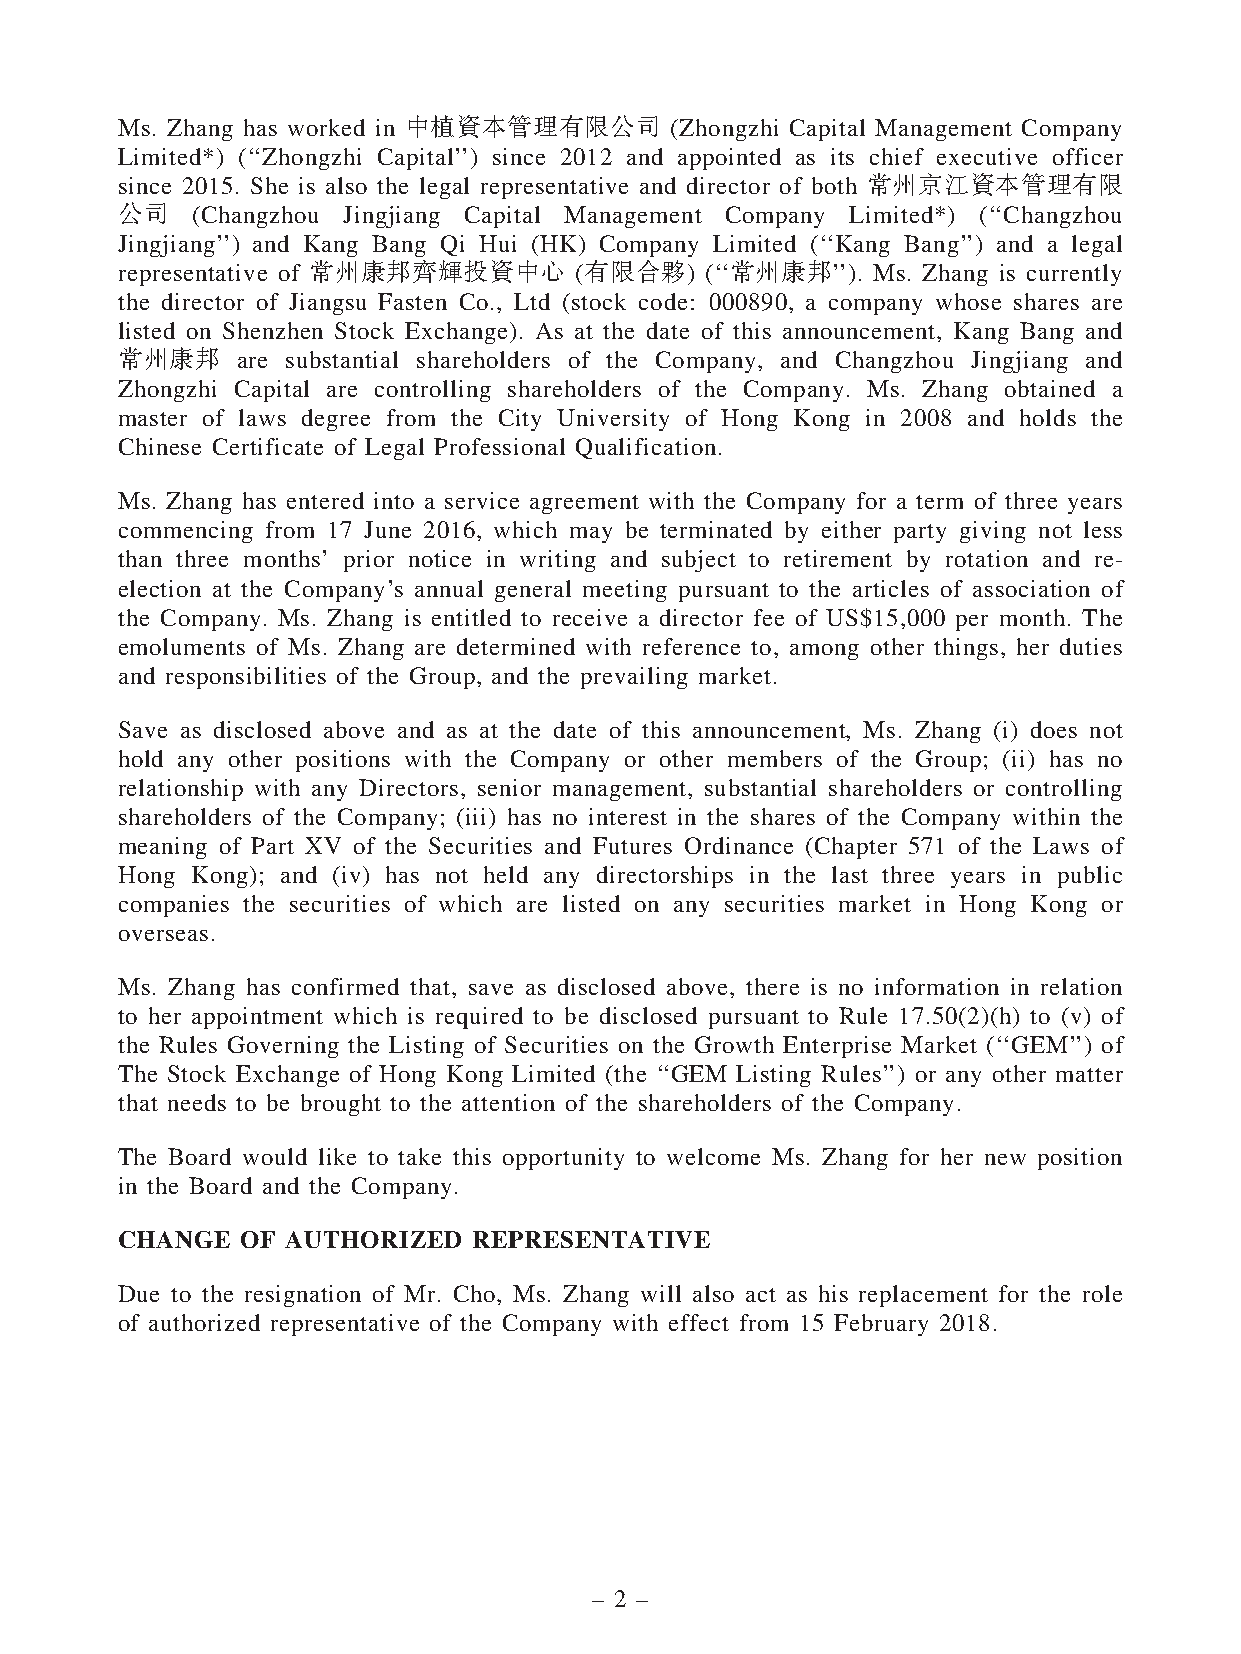
Ms. Zhang has worked in 中植資本管理有限公司  (Zhongzhi Capital Management Company
 Limited*) (‘‘Zhongzhi Capital’’) since 2012 and appointed as its chief executive officer
 since 2015. She is also the legal representative and director of both 常州京江資本管理有限
 公司   (Changzhou Jingjiang Capital Management Company Limited*) (‘‘Changzhou
 Jingjiang’’) and Kang Bang Qi Hui (HK) Company Limited (‘‘Kang Bang’’) and a legal
 representative of 常州康邦齊輝投資中心  (有限合夥)   (‘‘常州康邦’’). Ms. Zhang is currently
 the director of Jiangsu Fasten Co., Ltd (stock code: 000890, a company whose shares are
 listed on Shenzhen Stock Exchange). As at the date of this announcement, Kang Bang and
 常州康邦    are substantial shareholders of the Company, and Changzhou Jingjiang and
 Zhongzhi Capital are controlling shareholders of the Company. Ms. Zhang obtained a
 master of laws degree from the City University of Hong Kong in 2008 and holds the
 Chinese Certificate of Legal Professional Qualification.
 Ms. Zhang has entered into a service agreement with the Company for a term of three years
 commencing from 17 June 2016, which may be terminated by either party giving not less
 than three months’ prior notice in writing and subject to retirement by rotation and re-
 election at the Company’s annual general meeting pursuant to the articles of association of
 the Company. Ms. Zhang is entitled to receive a director fee of US$15,000 per month. The
 emoluments of Ms. Zhang are determined with reference to, among other things, her duties
 and responsibilities of the Group, and the prevailing market.
 Save as disclosed above and as at the date of this announcement, Ms. Zhang (i) does not
 hold any other positions with the Company or other members of the Group; (ii) has no
 relationship with any Directors, senior management, substantial shareholders or controlling
 shareholders of the Company; (iii) has no interest in the shares of the Company within the
 meaning of Part XV of the Securities and Futures Ordinance (Chapter 571 of the Laws of
 Hong Kong); and (iv) has not held any directorships in the last three years in public
 companies the securities of which are listed on any securities market in Hong Kong or
 overseas.
 Ms. Zhang has confirmed that, save as disclosed above, there is no information in relation
 to her appointment which is required to be disclosed pursuant to Rule 17.50(2)(h) to (v) of
 the Rules Governing the Listing of Securities on the Growth Enterprise Market (‘‘GEM’’) of
 The Stock Exchange of Hong Kong Limited (the ‘‘GEM Listing Rules’’) or any other matter
 that needs to be brought to the attention of the shareholders of the Company.
 The Board would like to take this opportunity to welcome Ms. Zhang for her new position
 in the Board and the Company.
 CHANGE  OF AUTHORIZED  REPRESENTATIVE
 Due to the resignation of Mr. Cho, Ms. Zhang will also act as his replacement for the role
 of authorized representative of the Company with effect from 15 February 2018.
 – 2 –